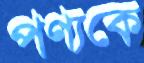
পণ্যকে